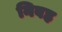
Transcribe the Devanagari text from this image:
निबह